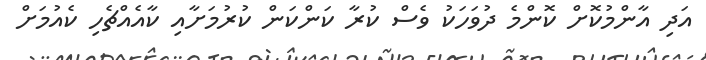
އަދި އާންމުކޮށް ކޮންމެ ދުވަހަކު ވެސް ކުރާ ކަންކަން ކުރުމަށާއި ކާއެއްޗެހި ކެއުމަށް